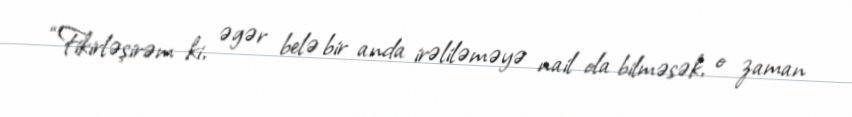
“Fikirləşirəm ki, əgər belə bir anda irəliləməyə nail ola bilməsək, o zaman